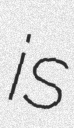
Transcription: is